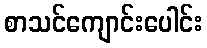
စာသင်ကျောင်းပေါင်း